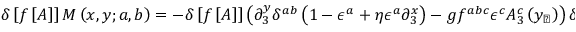
\delta \left[ f \left[ A \right] \right] { \cal M } \left( x , y ; a , b \right) = - \delta \left[ f \left[ A \right] \right] \left( \partial _ { 3 } ^ { y } \delta ^ { a b } \left( 1 - \epsilon ^ { a } + \eta \epsilon ^ { a } \partial _ { 3 } ^ { x } \right) - g f ^ { a b c } \epsilon ^ { c } A _ { 3 } ^ { c } \left( y _ { \perp } \right) \right) \delta ^ { 4 } \left( x - y \right) \ .